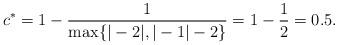
LaTeX: \begin{align*}c^*= 1-\frac{1}{\max\{|-2|,|-1|-2\}}= 1-\frac{1}{2}=0.5.\end{align*}